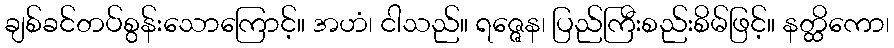
ချစ်ခင်တပ်စွန်းသောကြောင့်။ အဟံ၊ ငါသည်။ ရဇ္ဇေန၊ ပြည်ကြီးစည်းစိမ်ဖြင့်။ နတ္ထိကော၊